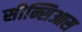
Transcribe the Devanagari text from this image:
सीन्सिआस